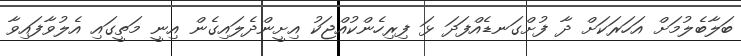
ބަލާބެލުމަށް އަހަރަކަށް ދާ ފުށްގަނޑެއްފަދަ ޅަ ފިރިހެންކުއްޖަކު އިށީންދެލައިގެން އިނީ މަތީގައި އެލުވާފައިވާ